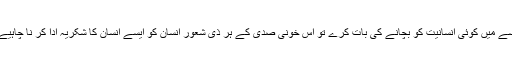
ایسے میں کوئی انسانیت کو بچانے کی بات کرے تو اس خونی صدی کے ہر ذی شعور انسان کو ایسے انسان کا شکریہ ادا کر نا چاہیے ۔